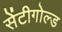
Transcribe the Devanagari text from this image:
सेंटीगोल्ड